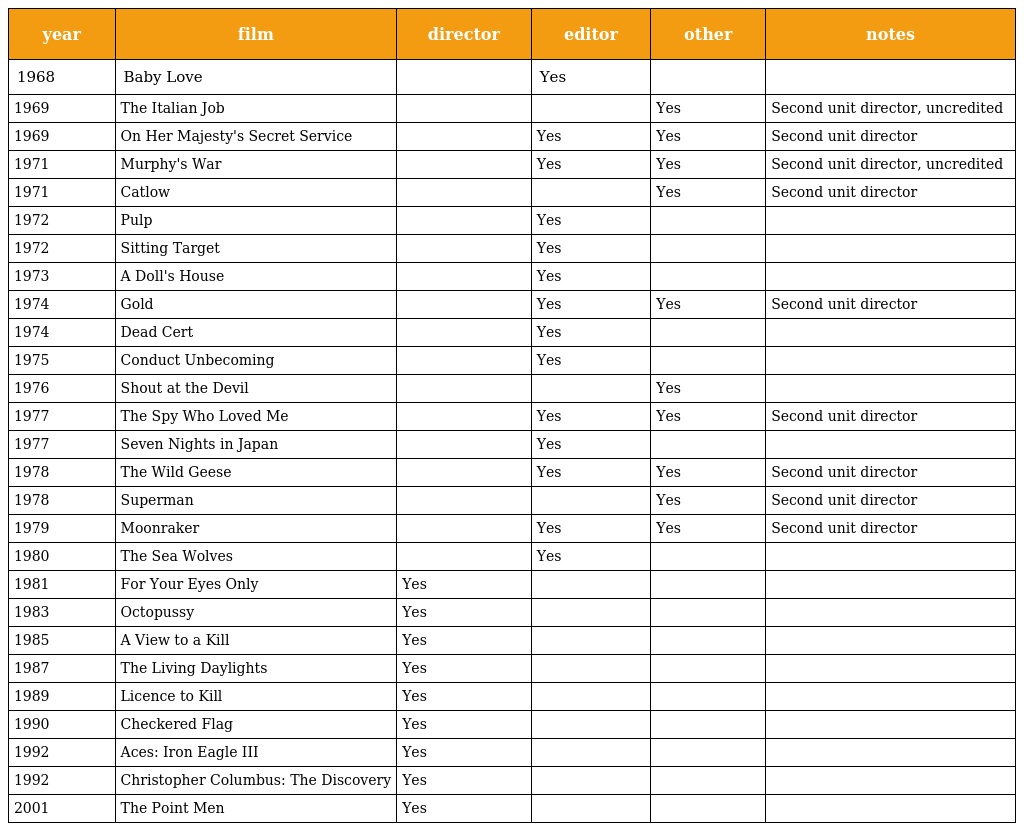
| year | film | director | editor | other | notes |
 | --- | --- | --- | --- | --- | --- |
 | 1968 | Baby Love |  | Yes |  |  |
 | 1969 | The Italian Job |  |  | Yes | Second unit director, uncredited |
 | 1969 | On Her Majesty's Secret Service |  | Yes | Yes | Second unit director |
 | 1971 | Murphy's War |  | Yes | Yes | Second unit director, uncredited |
 | 1971 | Catlow |  |  | Yes | Second unit director |
 | 1972 | Pulp |  | Yes |  |  |
 | 1972 | Sitting Target |  | Yes |  |  |
 | 1973 | A Doll's House |  | Yes |  |  |
 | 1974 | Gold |  | Yes | Yes | Second unit director |
 | 1974 | Dead Cert |  | Yes |  |  |
 | 1975 | Conduct Unbecoming |  | Yes |  |  |
 | 1976 | Shout at the Devil |  |  | Yes |  |
 | 1977 | The Spy Who Loved Me |  | Yes | Yes | Second unit director |
 | 1977 | Seven Nights in Japan |  | Yes |  |  |
 | 1978 | The Wild Geese |  | Yes | Yes | Second unit director |
 | 1978 | Superman |  |  | Yes | Second unit director |
 | 1979 | Moonraker |  | Yes | Yes | Second unit director |
 | 1980 | The Sea Wolves |  | Yes |  |  |
 | 1981 | For Your Eyes Only | Yes |  |  |  |
 | 1983 | Octopussy | Yes |  |  |  |
 | 1985 | A View to a Kill | Yes |  |  |  |
 | 1987 | The Living Daylights | Yes |  |  |  |
 | 1989 | Licence to Kill | Yes |  |  |  |
 | 1990 | Checkered Flag | Yes |  |  |  |
 | 1992 | Aces: Iron Eagle III | Yes |  |  |  |
 | 1992 | Christopher Columbus: The Discovery | Yes |  |  |  |
 | 2001 | The Point Men | Yes |  |  |  |